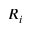
R _ { i }